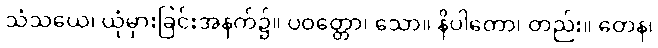
သံသယေ၊ ယုံမှားခြင်းအနက်၌။ ပဝတ္တော၊ သော။ နိပါတော၊ တည်း။ တေန၊